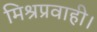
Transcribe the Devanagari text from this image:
मिश्रप्रवाही।